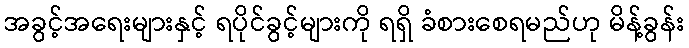
အခွင့်အရေးများနှင့် ရပိုင်ခွင့်များကို ရရှိ ခံစားစေရမည်ဟု မိန့်ခွန်း